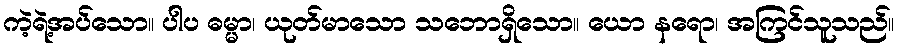
ကဲ့ရဲ့အပ်သော။ ပါပ ဓမ္မာ၊ ယုတ်မာသော သဘောရှိသော။ ယော နရော၊ အကြင်သူသည်။